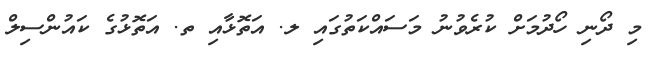
މި ދޯނި ހޯދުމަށް ކުރެވުނު މަސައްކަތުގައި ލ. އަތޮޅާއި ތ. އަތޮޅުގެ ކައުންސިލް